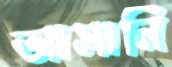
আসানি